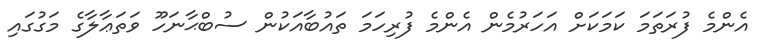
އެންމެ ފުރަތަމަ ކަމަކަށް އަހަރުމެން އެންމެ ފުރިހަމަ ތައުބާއަކުން ސުބްޙާނަހޫ ވަތަޢާލާގެ މަގުގައި